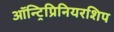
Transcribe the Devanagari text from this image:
ऑन्ट्रिप्रिनियरशिप